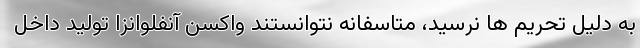
به دلیل تحریم ها نرسید، متاسفانه نتوانستند واکسن آنفلوانزا تولید داخل